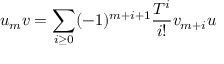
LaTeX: u _ { m } v = \sum _ { i \geq 0 } ( - 1 ) ^ { m + i + 1 } { \frac { T ^ { i } } { i ! } } v _ { m + i } u